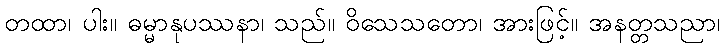
တထာ၊ ပါး။ ဓမ္မာနုပဿနာ၊ သည်။ ဝိသေသတော၊ အားဖြင့်။ အနတ္တသညာ၊